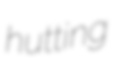
hutting